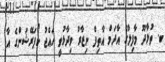
ބ. ތުޅާދޫ މާފިލާގެ އާދަމް އާތިފް ނިޒާރު ވިދާޅުވީ ހައްޖު ކޯޕަރޭޝަންގެ އާ